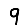
Digit: 9